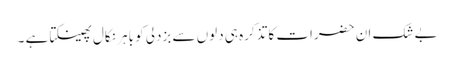
بے شک ان حضرات کا تذکرہ ہی دلوں سے بزدلی کو باہر نکال پھینکتا ہے ۔